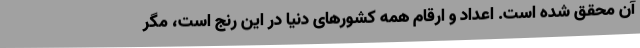
آن محقق شده است. اعداد و ارقام همه کشورهای دنیا در این رنج است، مگر